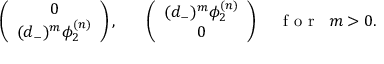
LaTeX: \left( \begin{array} { c } { { 0 } } \\ { { ( d _ { - } ) ^ { m } \phi _ { 2 } ^ { ( n ) } } } \end{array} \right) , \; \; \; \; \; \; \left( \begin{array} { c } { { ( d _ { - } ) ^ { m } \phi _ { 2 } ^ { ( n ) } } } \\ { { 0 } } \end{array} \right) \; \; \; \; \makebox { f o r } \; \; m > 0 .